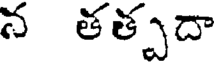
న తత్పదా